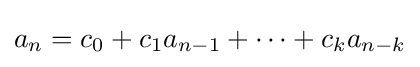
a_{n}=c_{0}+c_{1}a_{n-1}+\dots +c_{k}a_{n-k}